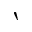
\backprime